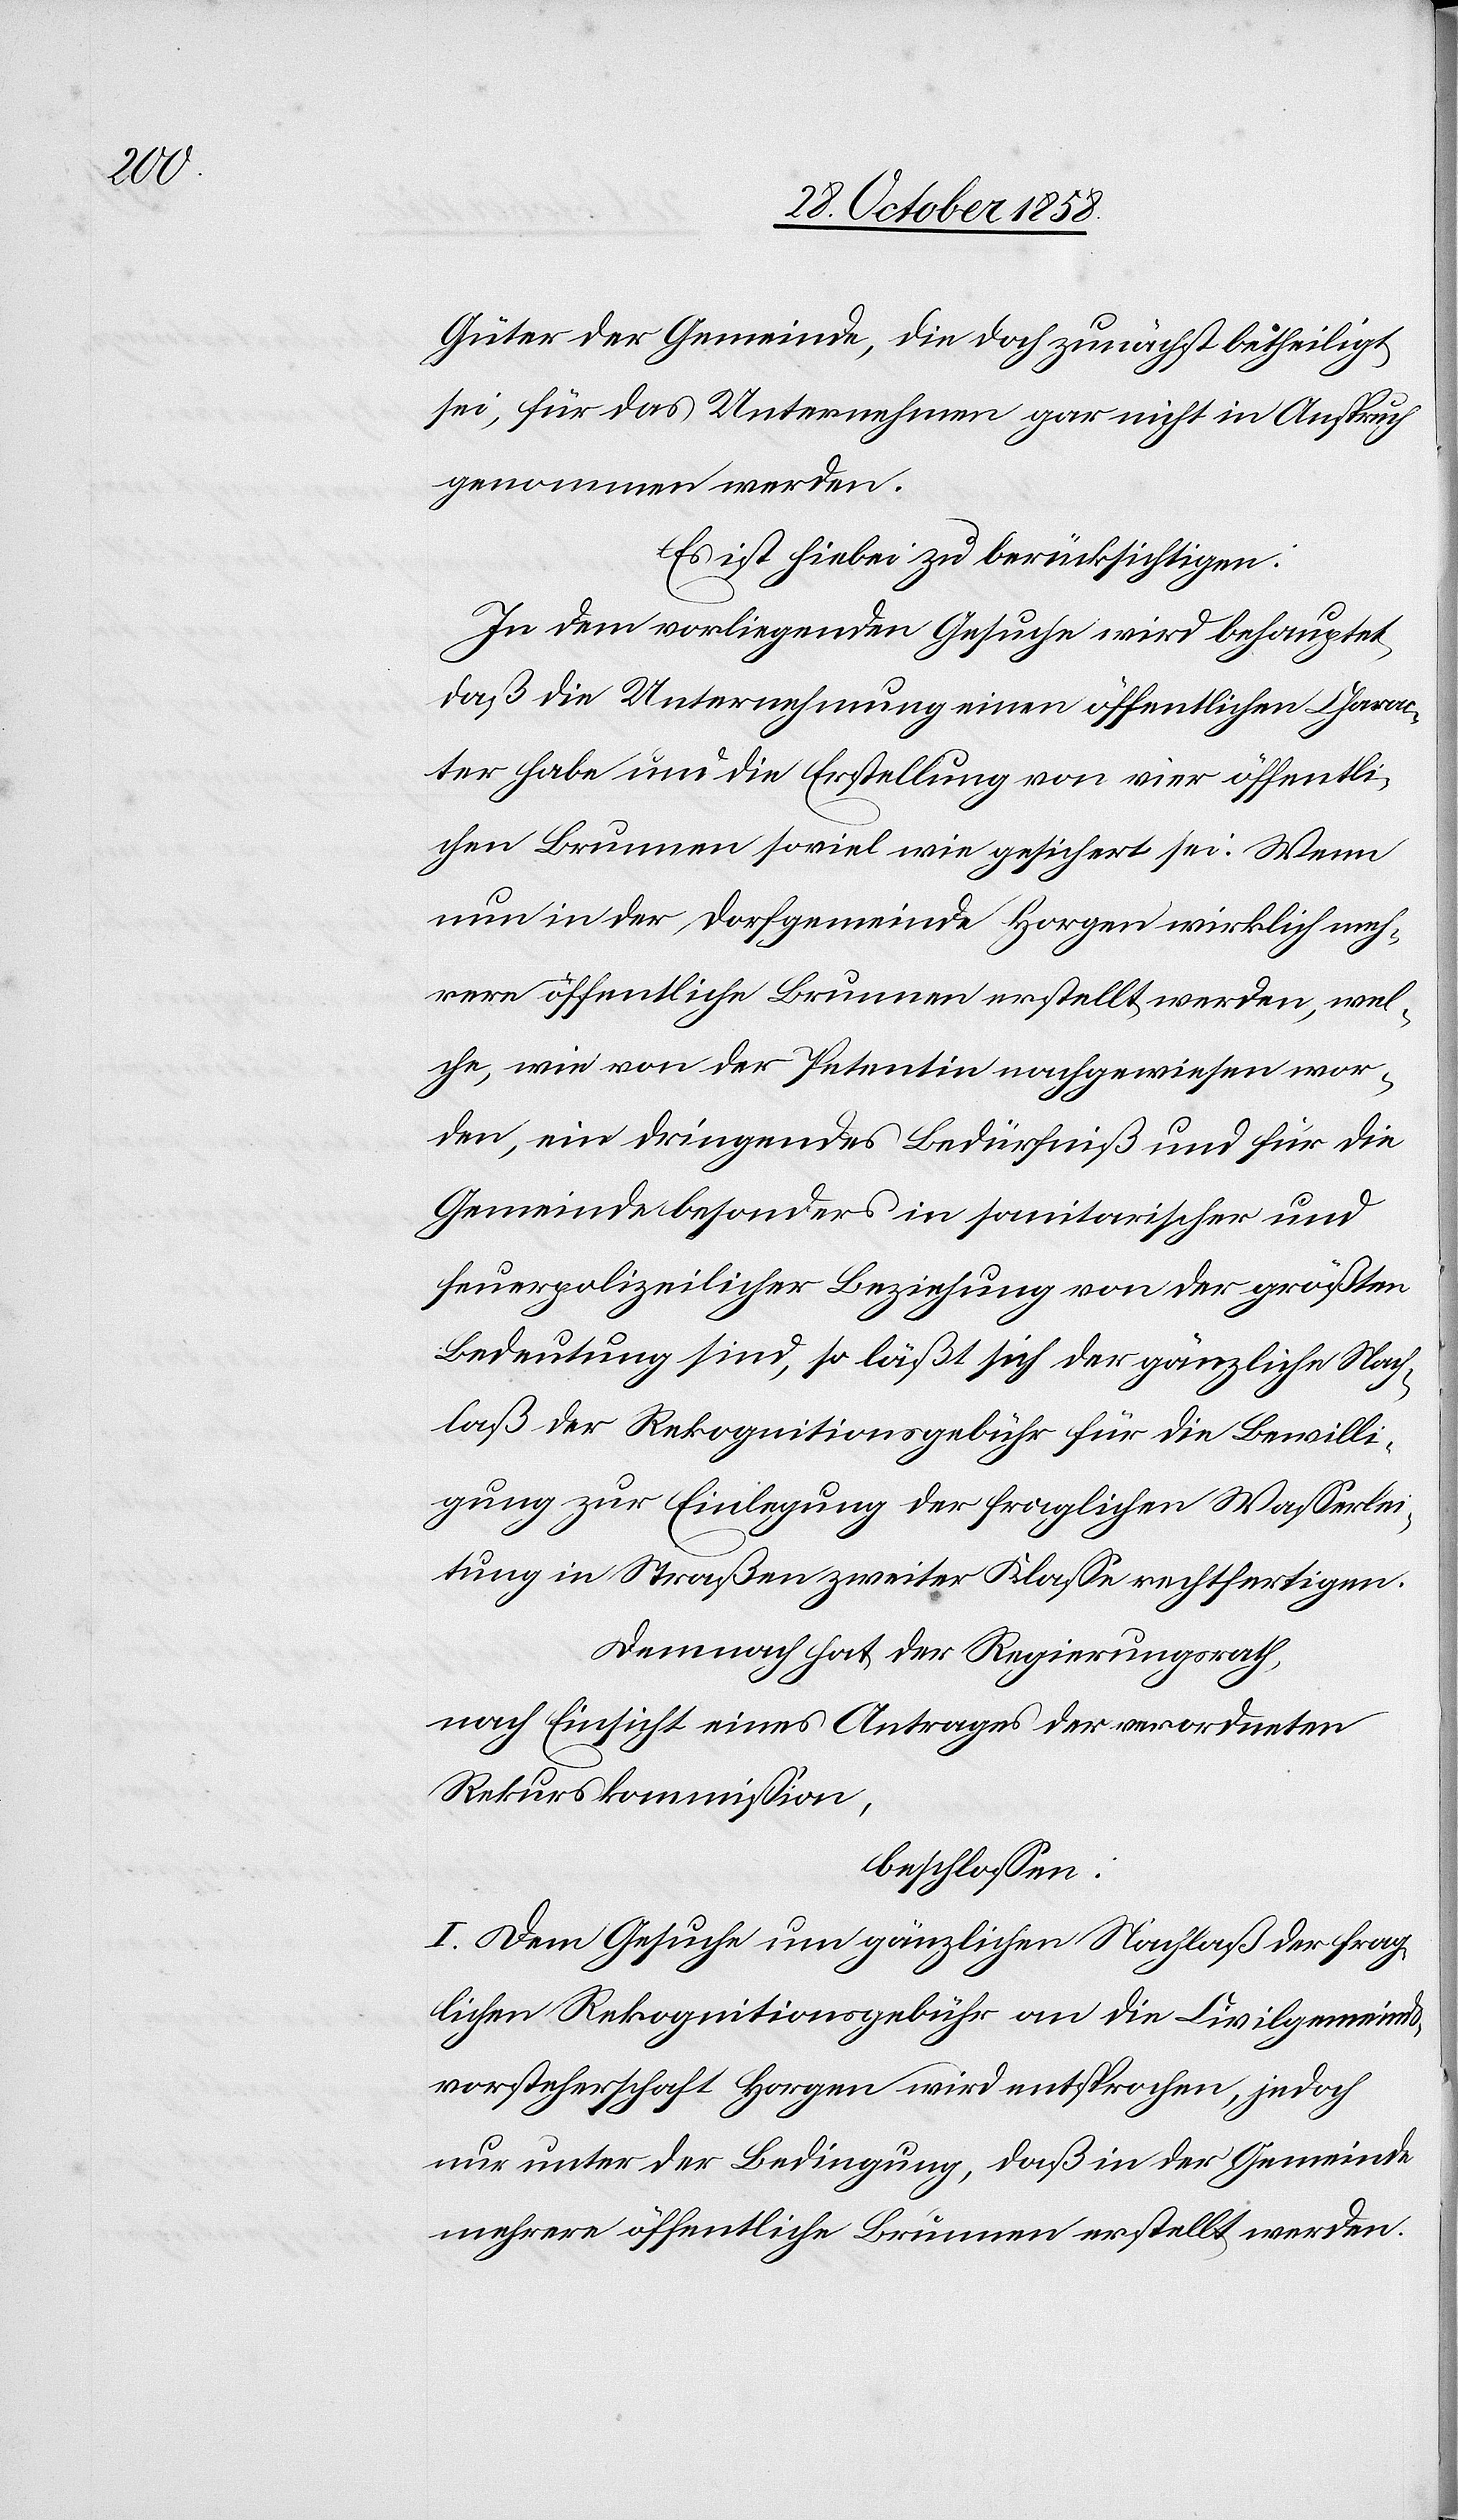
Güter der Gemeinde, die doch zunächst betheiligt
sei, für das Unternehmen gar nicht in Anspruch
genommen werden.
Es ist hiebei zu berücksichtigen:
In dem vorliegenden Gesuche wird behauptet,
daß die Unternehmung einen öffentlichen Charac¬
ter habe und die Erstellung von vier öffentli¬
chen Brunnen soviel wie gesichert sei. Wenn
nun in der Dorfgemeinde Horgen wirklich meh¬
rere öffentliche Brunnen erstellt werden, wel¬
che, wie von der Petentin nachgewiesen wor¬
den, ein dringendes Bedürfniß und für die
Gemeinde besonders in sanitarischer und
feuerpolizeilicher Beziehung von der größten
Bedeutung sind, so läßt sich der gänzliche Nach¬
laß der Rekognitionsgebühr für die Bewilli¬
gung zur Einlegung der fraglichen Wasserlei¬
tung in Straßen zweiter Klasse rechtfertigen.
Demnach hat der Regierungsrath,
nach Einsicht eines Antrages der verordneten
Rekurskommission,
beschlossen:
I. Dem Gesuche um gänzlichen Nachlaß der frag¬
lichen Rekognitionsgebühr an die Civilgemeinds¬
vorsteherschaft Horgen wird entsprochen, jedoch
nur unter der Bedingung, daß in der Gemeinde
mehrere öffentliche Brunnen erstellt werden.